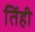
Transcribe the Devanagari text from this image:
तिंही